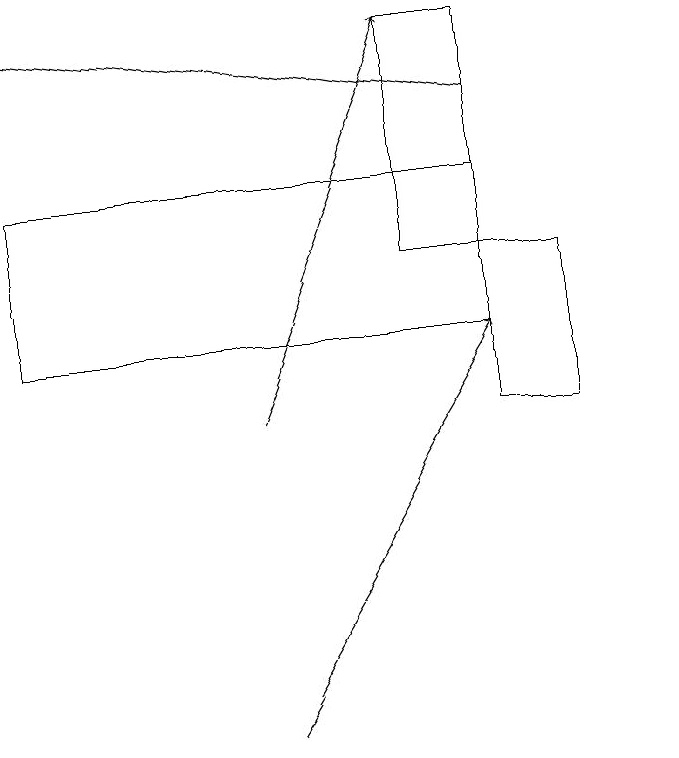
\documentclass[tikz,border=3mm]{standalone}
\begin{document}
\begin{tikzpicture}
\draw (7,19) rectangle (8,16);
\draw[->] (8,18) -- (2,19);
\draw (8,14) rectangle (9,16);
\draw[->] (5,10) -- (8,15);
\draw (8,17) rectangle (2,15);
\draw (10,10) circle (0);
\draw[->] (5,14) -- (7,19);
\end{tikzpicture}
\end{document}